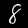
Label: 8